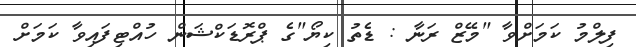
ފިލްމު ކަމަށްވާ "މޭޒް ރަނާ : ޑެތު ކިޔޯ"ގެ ޕްރޮޑަކްޝަން ހުއްޓިފައިވާ ކަމަށް